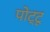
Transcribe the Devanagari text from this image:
पोट्टू